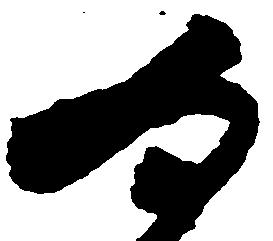
為